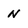
Character: N